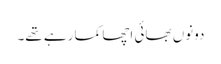
دونوں بھائی اچھا کما رہے تھے۔